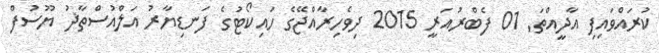
ކުރައްވައިފި އާދީއްތަ